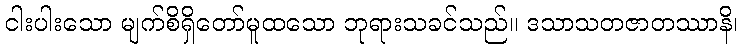
ငါးပါးသော မျက်စိရှိတော်မူထသော ဘုရားသခင်သည်။ ဒသာသတဇာတဿာနိ၊